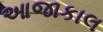
આજાકાલ